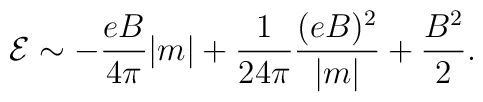
{\cal {E}} \sim - \frac {eB} {4 \pi} |m| + \frac {1} {24 \pi} \frac {(eB)^2} {|m|} + \frac {B^2} {2}.